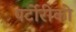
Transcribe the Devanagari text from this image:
पर्टोरीको